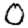
Digit: 0